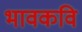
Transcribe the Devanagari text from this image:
भावकवि